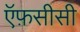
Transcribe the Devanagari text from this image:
ऍफ़सीसी